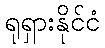
ရုရှားနိုင်ငံ